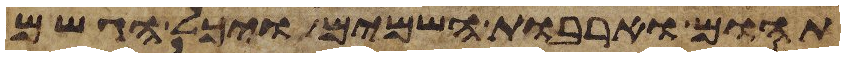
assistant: תהום וארבות השמים ויכל הגשם